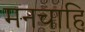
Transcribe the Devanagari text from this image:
मनचाहि